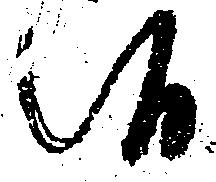
候